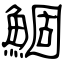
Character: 鯝